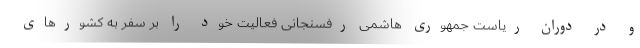
و در دوران ریاست جمهوری هاشمی رفسنجانی فعالیت خود را بر سفر به کشورهای